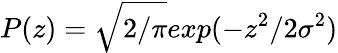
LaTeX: P(z)=\sqrt{2/\pi}exp(-z^{2}/2\sigma^{2})